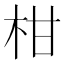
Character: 柑